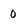
Character: 0